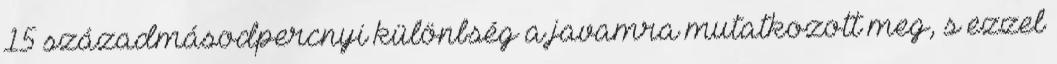
15 századmásodpercnyi különbség a javamra mutatkozott meg, s ezzel